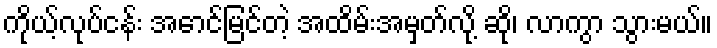
ကိုယ့်လုပ်ငန်း အောင်မြင်တဲ့ အထိမ်းအမှတ်လို့ ဆို၊ လာကွာ သွားမယ်။